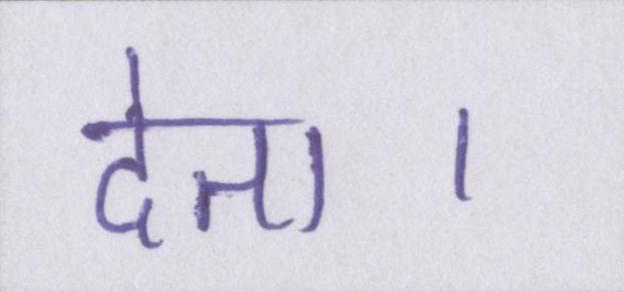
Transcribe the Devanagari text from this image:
देता।